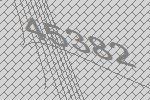
45382